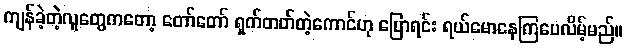
ကျန်ခဲ့တဲ့လူတွေကတော့ တော်တော် ရှက်တတ်တဲ့ကောင်ဟု ပြောရင်း ရယ်မောနေကြပေလိမ့်မည်။